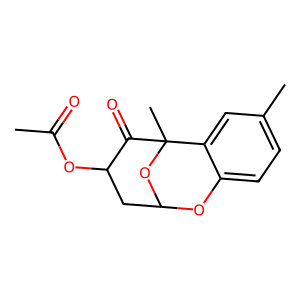
SMILES: CC(=O)OC1CC2Oc3ccc(C)cc3C(C)(O2)C1=O
Inhibits HIV replication: No